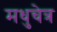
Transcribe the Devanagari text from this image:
मधुचेत्र